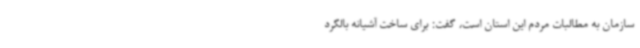
سازمان به مطالبات مردم این استان است، گفت: برای ساخت آشیانه بالگرد